Indian journal of veterinary science and animal husbandry - Volume 10,
Year: 1940
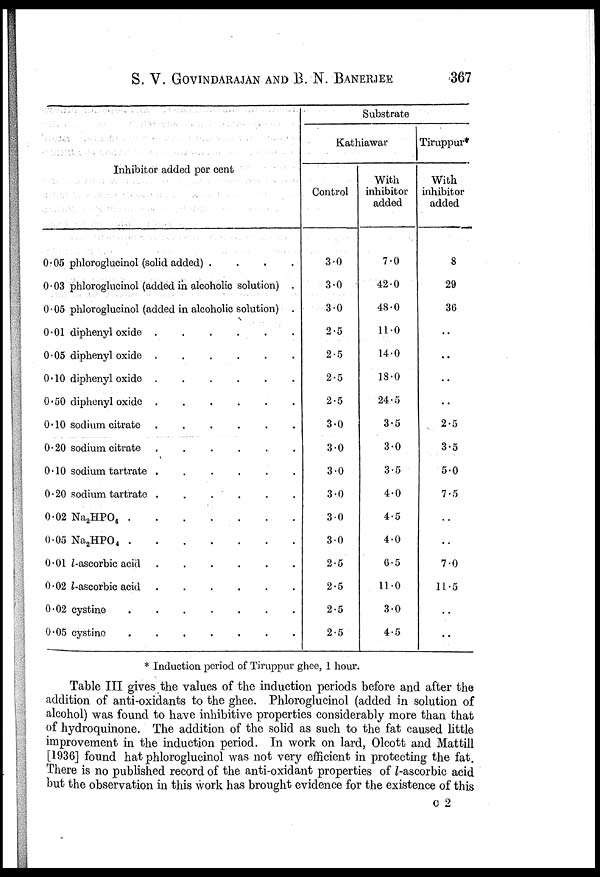
S. V. GOVINDARAJAN AND B. N. BANERJEE
367
Inhibitor added per cent
0.05 phloroglucinol (solid added) . . . .
0.03 phloroglucinol (added in alcoholic solution) .
0.05 phloroglucinol (added in alcoholic solution) .
0.01 diphenyl oxide . . . . . .
0.05 diphenyl oxide . . . . . .
0.10 diphenyl oxide . . . . . .
0.50 diphenyl oxide . . . . . .
0.10 sodium citrate . . . . . .
0.20 sodium citrate . . . . . .
0.10 sodium tartrate . . . . . .
0.20 sodium tartrate . . . . . .
0.02 Na 2 HPO 4 . . . . . . .
0.05 Na 2 HPO 4 . . . . . . .
0.01 l-ascorbic acid . . . . . .
0.02 l-ascorbic acid . . . . . .
0.02 cystine . . . . . . .
0.05 cystine . . . . . . .
Substrate
Kathiawar
Control
3.0
3.0
3.0
2.5
2.5
2.5
2.5
3.0
3.0
3.0
3.0
3.0
3.0
2.5
2.5
2.5
2.5
With
inhibitor
added
7.0
42.0
48.0
11.0
14.0
13.0
24.5
3.5
3.0
3.5
4.0
4.5
4.0
6.5
11.0
3.0
4.5
Tiruppur*
With
inhibitor
added
8
29
36
..
..
..
..
2.5
3.5
5.0
7.5
..
..
7.0
11.5
..
..
* Induction period of Tiruppur ghee, 1 hour.
Table III gives the values of the induction periods before and after the
addition of anti-oxidants to the ghee. Phloroglucinol (added in solution of
alcohol) was found to have inhibitive properties considerably more than that
of hydroquinone. The addition of the solid as such to the fat caused little
improvement in the induction period. In work on lard, Olcott and Mattill
[1936] found hat phloroglucinol was not very efficient in protecting the fat.
There is no published record of the anti-oxidant properties of l-ascorbic acid
but the observation in this work has brought evidence for the existence of this
c 2